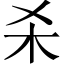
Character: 杀